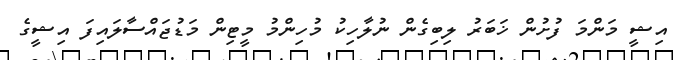
އިޝީ މަންމަ ފުށުން ޚަބަރު ލިބިގެން ނުލާހިކު މުހިންމު މީޓިން މަޑުޖައްސާލައިފަ އިޝީގެ